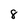
Character: 8